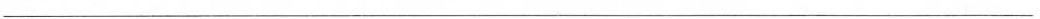
___________________________